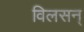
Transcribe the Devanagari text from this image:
विलसन्